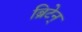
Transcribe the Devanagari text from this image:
ब्रिटेन्